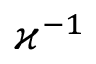
\varkappa ^ { - 1 }